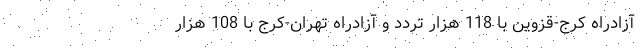
آزادراه کرج-قزوین با 118 هزار تردد و آزادراه تهران-کرج‌ با 108 هزار